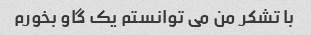
با تشکر من می توانستم یک گاو بخورم